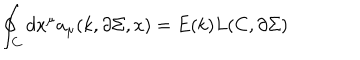
\oint _ { C } d x ^ { \mu } a _ { \mu } ( k , \partial \Sigma , x ) = E ( k ) L ( C , \partial \Sigma )